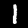
Label: 1